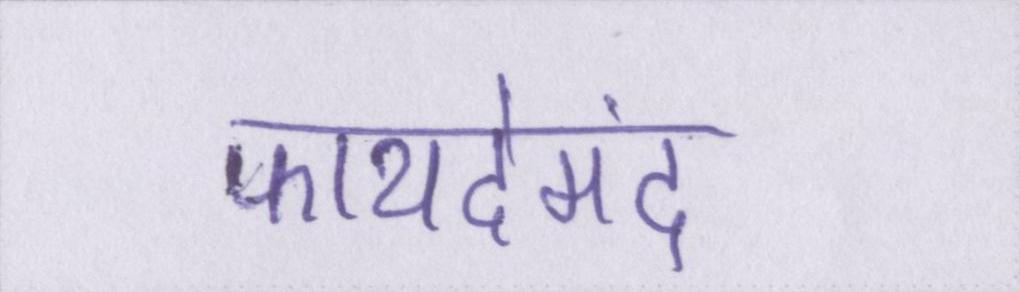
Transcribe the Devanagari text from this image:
फायदेमंद